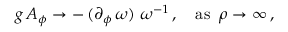
g \, A _ { \phi } \to - \, ( \partial _ { \phi } \, \omega ) \, \, \omega ^ { - 1 } \, , \quad \mathrm { a s } \; \; \rho \to \infty \, ,